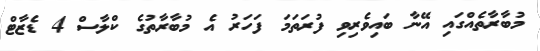
މުބާރާތެއްގައި އޭނާ ބައިވެރިވި ފުރަތަމަ ފަހަރު އެ މުބާރާތުގެ ކްލާސް 4 ޑެޒާޓް